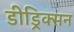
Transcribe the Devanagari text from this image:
डीड्रिक्सन